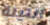
الليلة